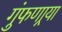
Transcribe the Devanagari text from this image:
गुंफणार्‍या